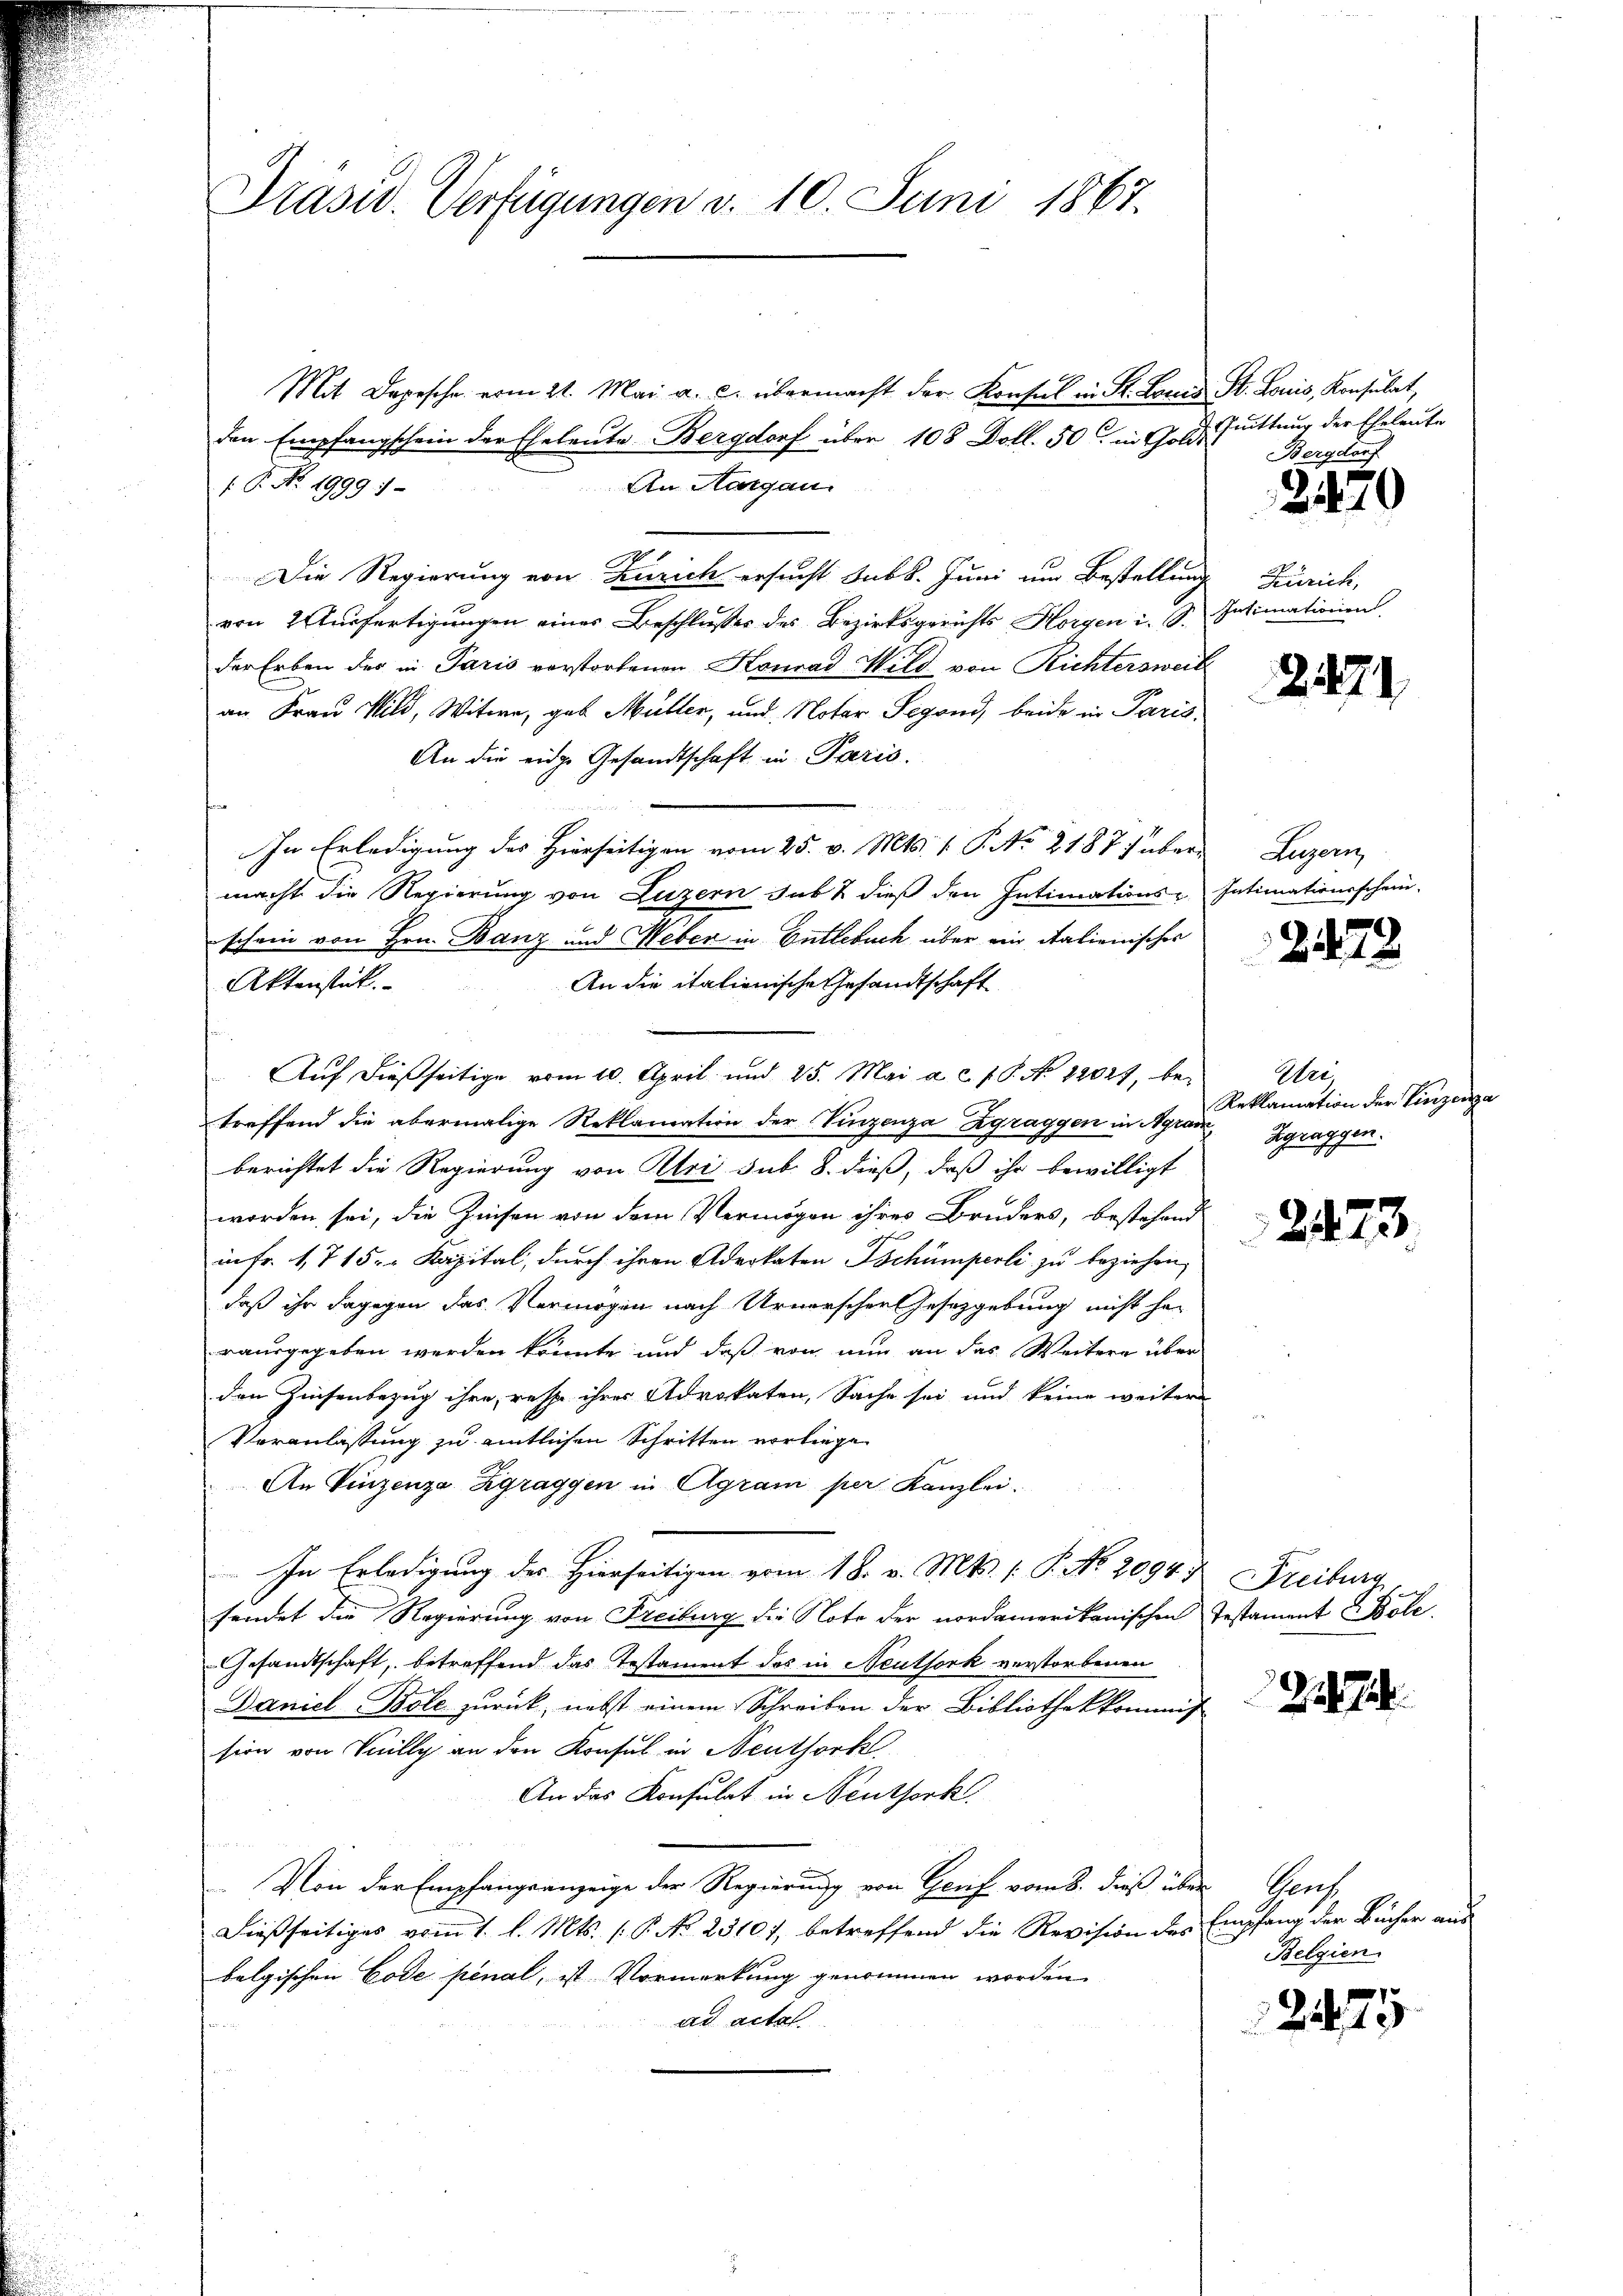
Präsid. Verfügungen v. 10. Juni 1867.

Mit Depesche vom 21. Mai a. c. übermacht der Konsul in St. Locus St. Louis, Konsulat,
den Empfangschein der Eheleute Bergdorf über 108 Doll. 50 in Golde
An Aargau.
 P. No. 1999).
Die Regierung von Zürich ersucht subt. Juni um Bestellung Zürich,
von 2 Ausfertigungen eines Beschlusses des Bezirksgerichts Horgen i. S. Intimationen
der Erben der in Paris verstorbenen Konrad Wild von Richtersweit
an Frau Wild, Witwe, gab Müller, und Notar Segend, beide in Paris.
An die eidge Gesandtschaft in Paris.

In Erledigung des Hierseitigen vom 25. v. Mts. 1. P. No. 2187 haber Luzern,
macht die Regierung von Luzern sub & dieß den Intimations- Intimationsschein-
schein von Hrn. Banz und Weber in Entlebuch über ein italienisches
Aktenstück.
An die italienische Gesandtschaft
Auf dießseitige vom 10. April und 25. Mai a.c. s. S. No 12027, betreffend die abermalige Reklamation der Vinzenza Zgraggen in Agram Zgraggen
berichtet die Regierung von Uri sub. 8. dieß, daß ihr bewilligt
worden sei, die Zinsen von dem Vermögen ihres Bruders, bestehend
in Fr. 1715. Kapital, durch ihren Advokaten Tschumperli zu beziehen,
daß ihr dagegen das Vermögen nach Urnerschen Gesetzgebung nicht her
rausgegeben werden könnte und daß von nun an das Weitere über
den Zinsenbezug ihre, resse ihres Advokaten, Sache sei und keine weitere
Veranlassung zu amtlichen Schritten vorliege
An Vinzenza Zgraggen in Agram per Kanzlei.
In Erledigung des Hierseitigen vom 18. v. Mts. (T. No. 2094 n. Freiburg
sendet die Regierung von Freiburg die Note der nordamerikanischen Testament Böle.
Gesandtschaft, betreffend das Testament des in Neuthork verstorbenen
Daniel Bole zurück, nebst einem Schreiben der Bibliothekkommis
sion von Villy an den Konsul in Neuthork
An das Konsulat in Neuthork
Von der Empfangsanzeige der Regierung von Genf vom 8. dieß über Genf
Dießseitiges vom 1. l. Mts. (: P. No 23107, betreffend die Revision des Empfang der Bücher aus
belgischen Code penal, ist Vormerkung genommen worden.
ad acta

Quittung der Eheleute
Bergdorf

2470

2474

2472

Wer
Reklamation der Vinzenza

2473

Belgien

2475